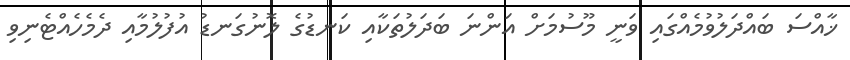
ޚާއްސަ ބައްދަލުވުމެއްގައި ވަނީ މޫސުމަށް އަންނަ ބަދަލުތަކާއި ކަނޑުގެ ލޮނުގަނޑު އުފުލުމާއި ދެމެހެއްޓެނިވި